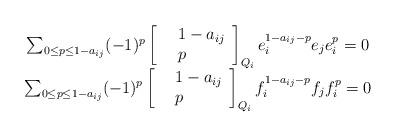
LaTeX: \begin{align*} \begin{array}{c} \sum_{0\le p \le 1-a_{ij}} (-1)^{p} \left[ \begin{array}{clcr} &1-a_{ij}\\ &p \end{array} \right]_{Q_{i}}e_{i}^{1-a_{ij}-p} e_{j} e_{i}^{p}= 0\\ \sum_{0\le p \le 1-a_{ij}} (-1)^{p} \left[ \begin{array}{clcr} &1-a_{ij} \\&p \end{array} \right]_{Q_{i}}f_{i}^{1-a_{ij}-p} f_{j} f_{i}^{p} =0 \end{array}\end{align*}